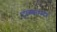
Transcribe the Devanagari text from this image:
ट्रांस्फार्मर